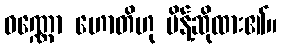
ဝဏ္ဏော ဟောတိဟု မိန့်ဆိုထား၏။